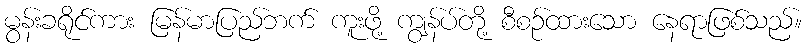
မွန်းခရိုင်ကား မြန်မာပြည်ဘက် ကူးဖို့ ကျွန်ပ်တို့ စီစဉ်ထားသော နေရာဖြစ်သည်။